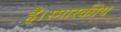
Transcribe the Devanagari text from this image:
हैं।स्मारकीय